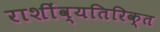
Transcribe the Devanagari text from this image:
राशींव्यतिरिक्त